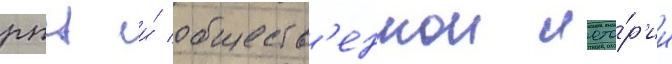
рпц и́ обществ'еннои исто́р'ии